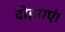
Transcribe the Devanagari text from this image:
दोहराएं।